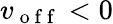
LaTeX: v_{\mathrm{~o~f~f~}}<0